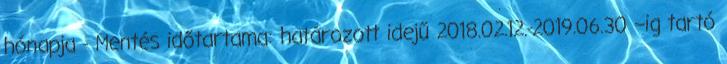
hónapja - Mentés időtartama: határozott idejű 2018.02.12.-2019.06.30 –ig tartó